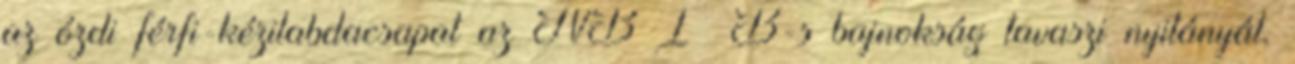
az ózdi férfi-kézilabdacsapat az NB I B-s bajnokság tavaszi nyitányát.